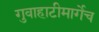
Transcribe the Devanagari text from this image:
गुवाहाटीमार्गेच